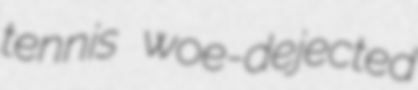
tennis woe-dejected